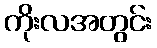
ကိုးလအတွင်း